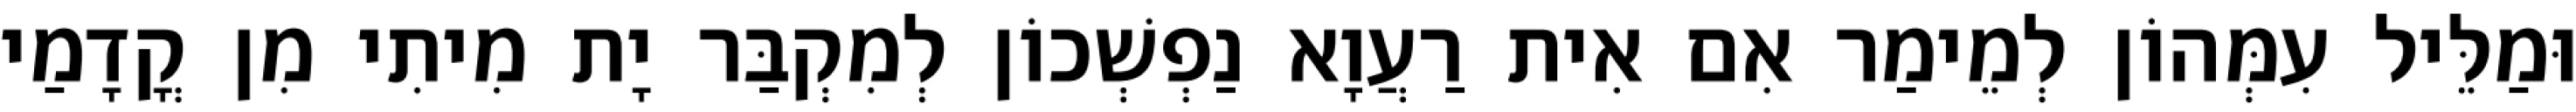
וּמַלֵּיל עִמְּהוֹן לְמֵימַר אִם אִית רַעֲוָא נַפְשְׁכוֹן לְמִקְבַּר יָת מִיתִי מִן קֳדָמַי